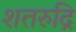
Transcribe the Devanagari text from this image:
शतरुद्रि